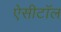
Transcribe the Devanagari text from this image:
ऐसीटॉल